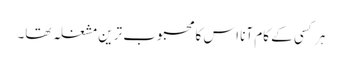
ہر کسی کے کام آنا اس کا محبوب ترین مشغلہ تھا۔